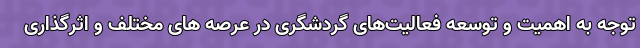
توجه به اهمیت و توسعه فعالیت‌های گردشگری در عرصه های مختلف و اثرگذاری